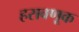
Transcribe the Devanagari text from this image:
हसवणूक